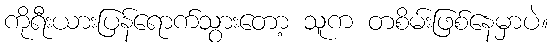
ကိုရီးယားပြန်ရောက်သွားတော့ သူက တစိမ်းဖြစ်နေမှာပဲ။